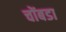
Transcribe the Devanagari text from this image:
चोंबडा